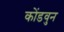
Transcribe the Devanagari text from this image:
कोंडवुन